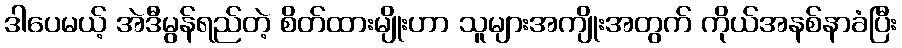
ဒါပေမယ့် အဲဒီမွန်ရည်တဲ့ စိတ်ထားမျိုးဟာ သူများအကျိုးအတွက် ကိုယ်အနစ်နာခံပြီး